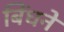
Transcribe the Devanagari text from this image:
बिंधने